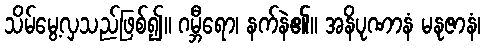
သိမ်မွေ့လှသည်ဖြစ်၍။ ဂမ္ဘီရော၊ နက်နဲ၏။ အနိပုဏာနံ မနုဇာနံ၊